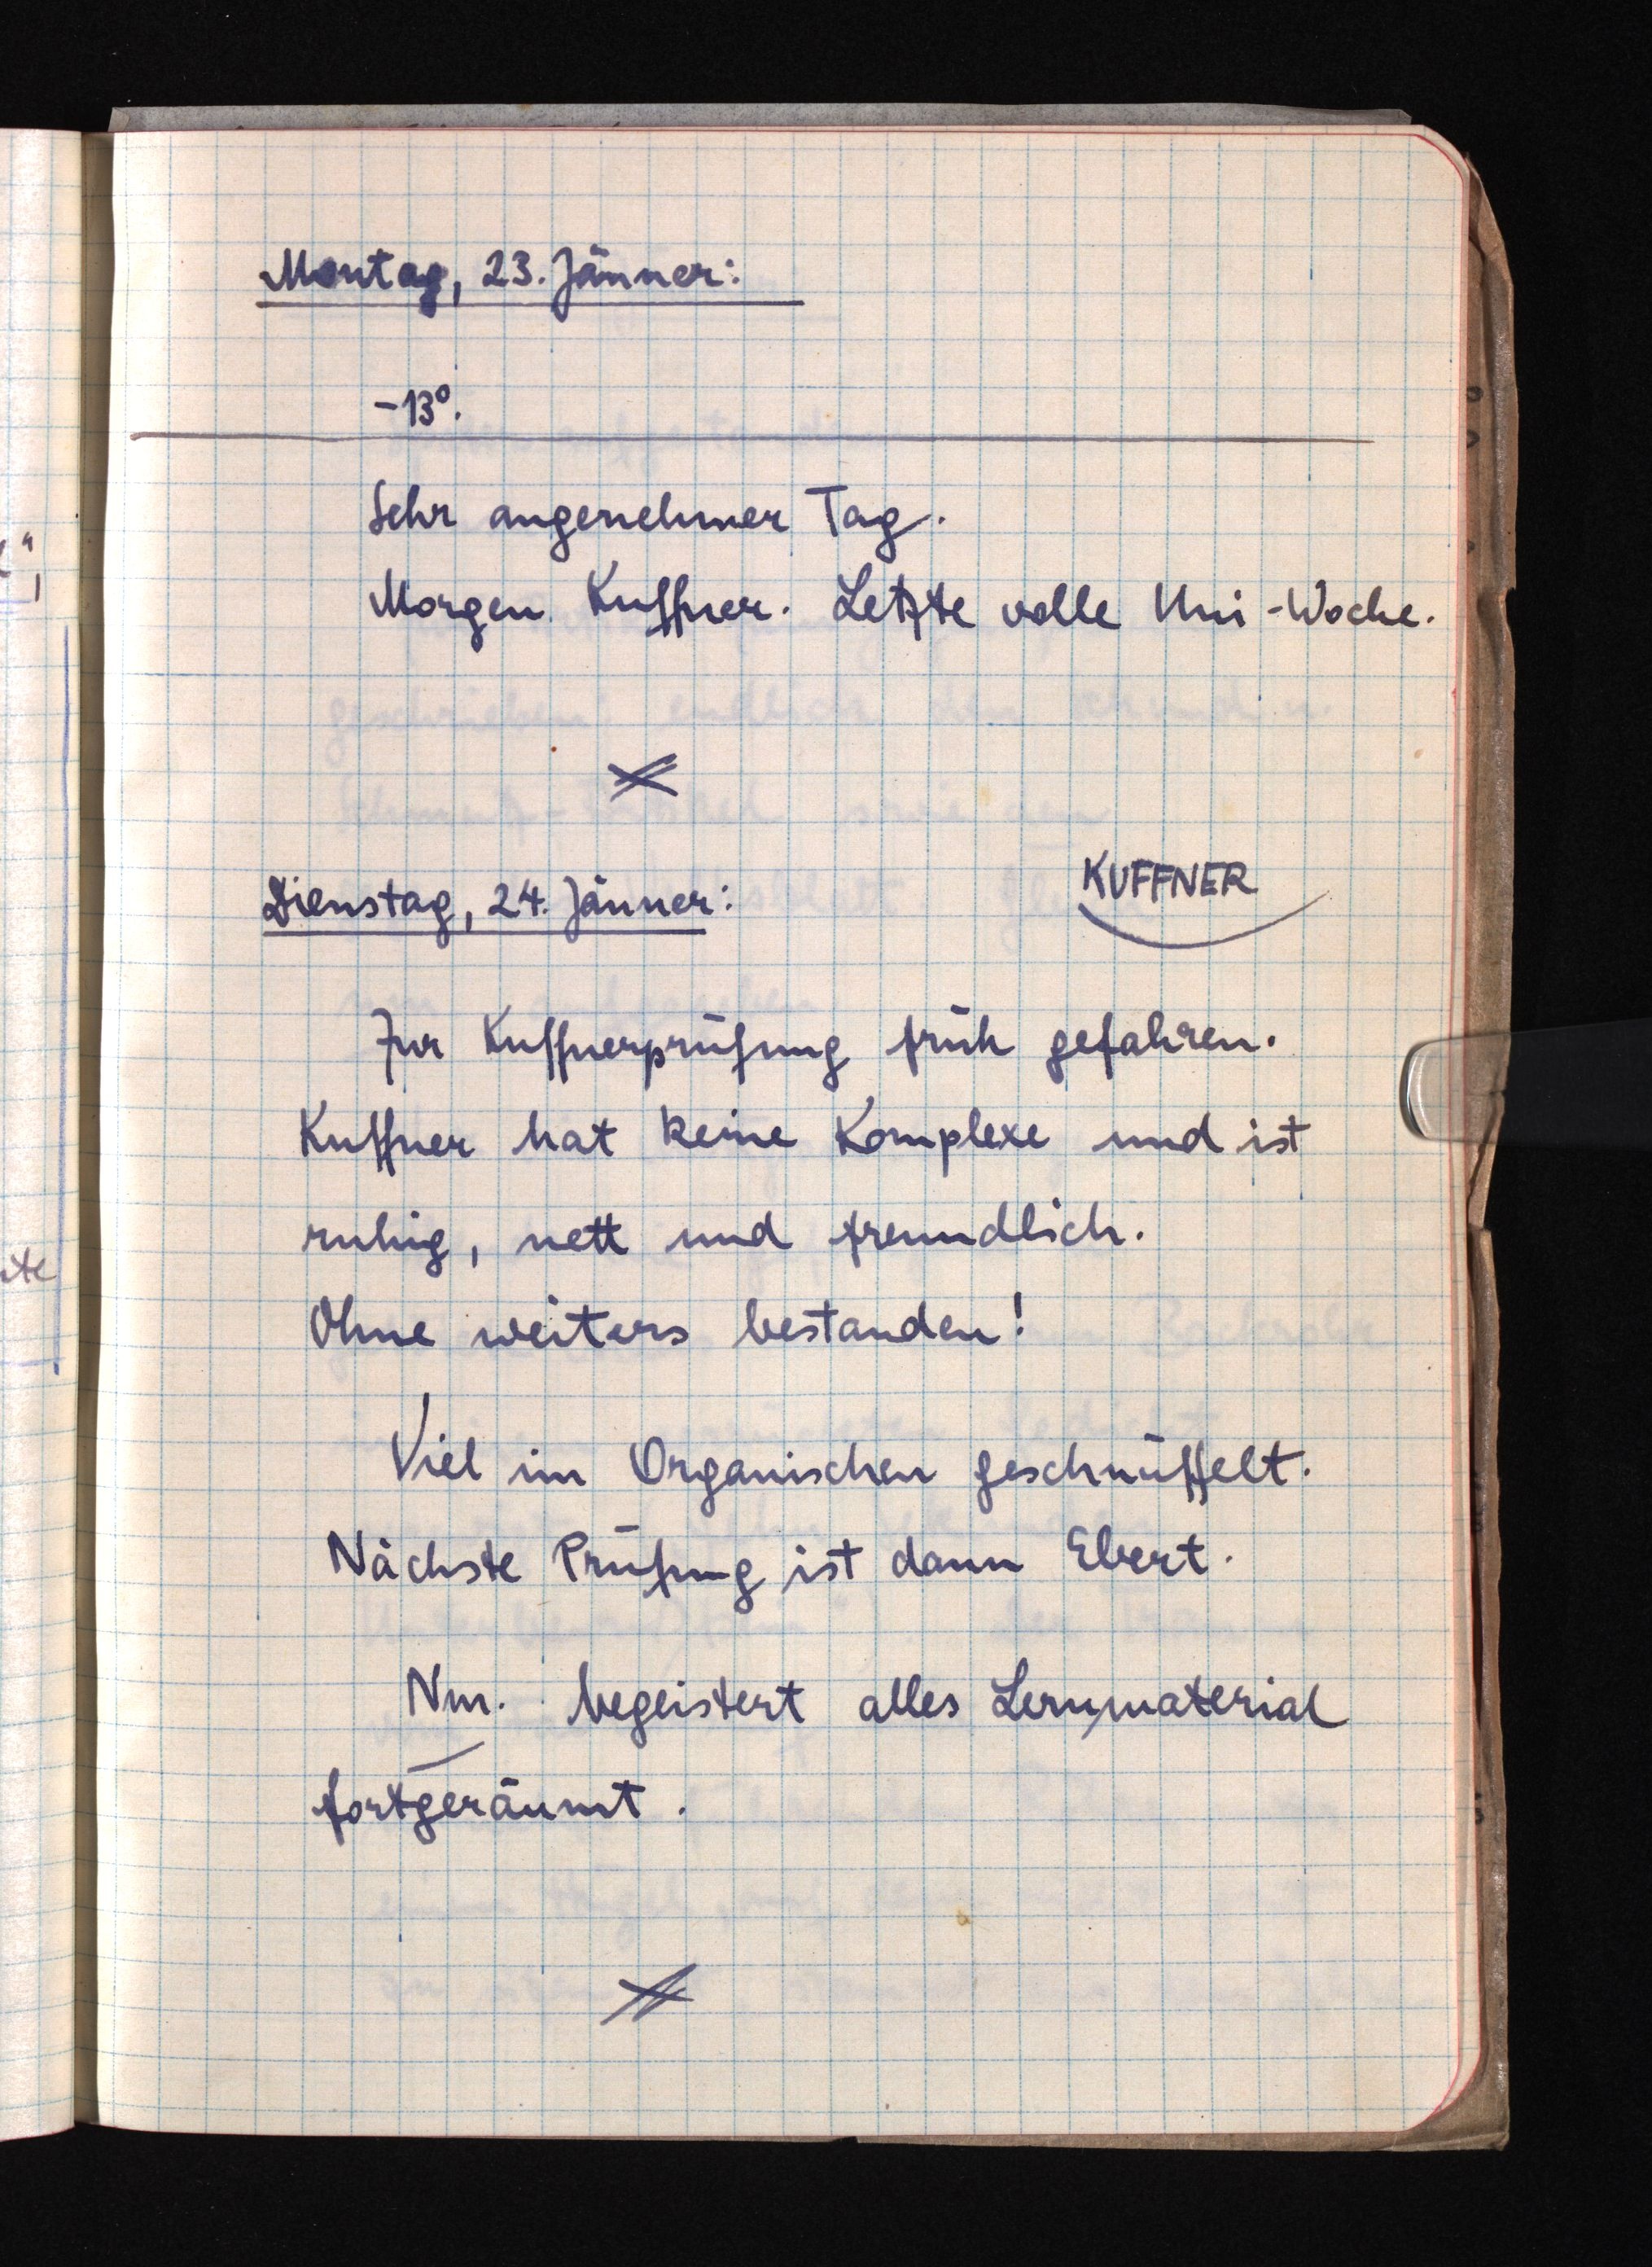
Montag, 23. Jänner:
-13°.
Sehr angenehmer Tag.
Morgen Kuffner. Letzte volle Uni-Woche.
KUFFNER
Dienstag, 24. Jänner:
Zur Kuffnerprüfung früh gefahren.
Kuffner hat keine Komplexe und ist
ruhig, nett und freundlich.
Ohne weiters bestanden!
Viel im Organischen geschnüffelt.
Nächste Prüfung ist dann Ebert.
Nm. begeistert alles Lernmaterial
fortgeräumt.